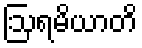
ဩရမိယာတိ